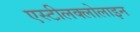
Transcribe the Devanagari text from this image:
एस्टीलक्लोलाइन